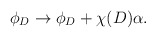
\begin{align*}\phi_D \rightarrow \phi_D + \chi(D) \alpha.\end{align*}